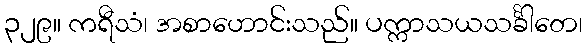
၃၂၉။ ကရီသံ၊ အစာဟောင်းသည်။ ပက္ကာသယသင်္ခါတေ၊